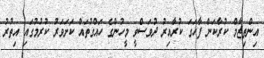
އިންތިޒާމް ކުރާކަން ފާހަގަ ކުރާއިރު ދުވަސްވީ މީހުންގެ ހައްގުތައް ކަށަވަރު ކުރުމުގައި އިތުރު